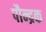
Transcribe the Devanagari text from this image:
पौन्द्रक